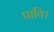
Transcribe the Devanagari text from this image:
पायि।